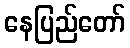
နေပြည်တော်